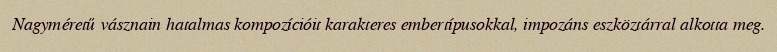
Nagyméretű vásznain hatalmas kompozícióit karakteres embertípusokkal, impozáns eszköztárral alkotta meg.